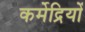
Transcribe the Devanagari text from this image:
कर्मेद्रियों